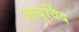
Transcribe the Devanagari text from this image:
आबुविंद